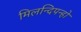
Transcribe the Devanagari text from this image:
मिलन्दिपन्हो